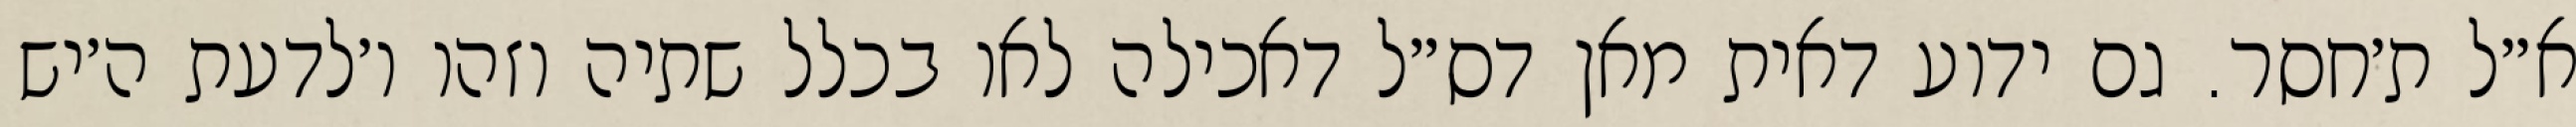
א״ל ת׳חסר. גם ידוע דאית מאן דס״ל דאכילה לאו בכלל שתיה וזהו ו׳לדעת ה׳יש